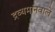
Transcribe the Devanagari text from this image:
द्रव्यमानवालें